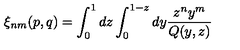
\xi _ { n m } ( p , q ) = \int _ { 0 } ^ { 1 } d z \int _ { 0 } ^ { 1 - z } d y { \frac { z ^ { n } y ^ { m } } { Q ( y , z ) } }